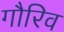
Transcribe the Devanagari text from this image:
गौरिव